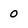
Character: 0